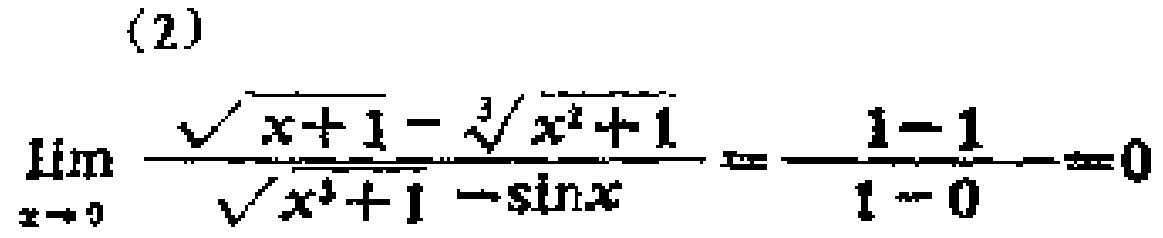
\[\lim_{x \to 0} \frac{\sqrt{x + 1} - \sqrt[3]{x^{2} + 1}}{\sqrt{x^{3} + 1} - \sin x} = \frac{1 - 1}{1 - 0} = 0\]